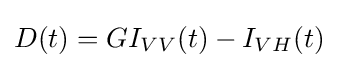
D(t)=G{I_{VV}}(t)-{I_{VH}}(t)